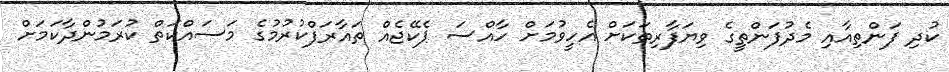
ކުދި ފަންތިއާއި މެދުފަންތީގެ ވިޔަފާރިތަކަށް އެހީވުމަށް ހާއްސަ ޕެކޭޖެއް ތައާރަފްކުރުމުގެ މަސައްކަތް ކުރަމުންދާކަމަށް